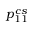
{ p } _ { 1 1 } ^ { c s }